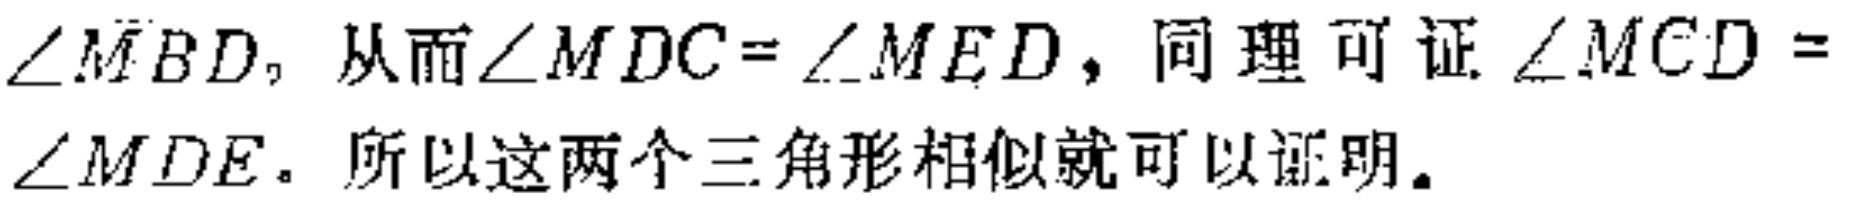
$\angle MBD,$ 从而$\angle MDC = \angle MED$，同理可证$\angle MCD = \angle MDE$。所以这两个三角形相似就可以证明。